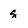
Character: g